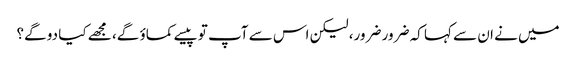
میں نے ان سے کہا کہ ضرور ضرور، لیکن اس سے آپ تو پیسے کماؤ گے، مجھے کیا دو گے؟